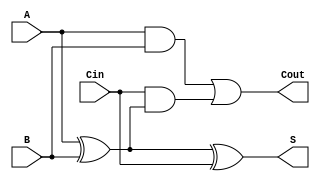
module tree_structured_full_adder (
    input wire A,        // First input bit
    input wire B,        // Second input bit
    input wire Cin,      // Carry-in bit
    output wire S,       // Sum output
    output wire Cout     // Carry-out output
);

    // Intermediate signals
    wire intermediate_sum1; // Intermediate sum for A  B
    wire carry1;            // Carry from A AND B
    wire carry2;            // Carry from Cin AND (A  B)

    // First level: Calculate intermediate sum and carry
    assign intermediate_sum1 = A ^ B; // A  B
    assign carry1 = A & B;             // A AND B
    assign carry2 = Cin & intermediate_sum1; // Cin AND (A  B)

    // Second level: Calculate final sum and carry-out
    assign S = intermediate_sum1 ^ Cin; // Final sum: (A  B)  Cin
    assign Cout = carry1 | carry2;       // Final carry-out: (A AND B) OR (Cin AND (A  B))

endmodule